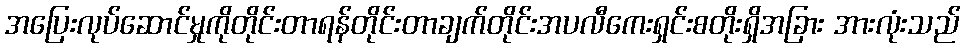
အပြေးလုပ်ဆောင်မှုကိုတိုင်းတာရန်တိုင်းတာချက်တိုင်းအပလီကေးရှင်းစတိုးရှိအခြား အားလုံးသည်